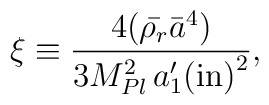
\xi \equiv \frac{4 (\bar{\rho_r} \bar{a}^4)}{ 3 M_{Pl}^2 \,  {{a}_1'({\rm in})}^2},